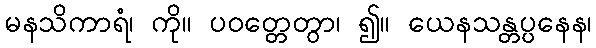
မနသိကာရံ၊ ကို။ ပဝတ္တေတွာ၊ ၍။ ယေနသန္တပ္ပနေန၊